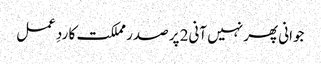
جوانی پھر نہیں آنی2 پر صدر مملکت کا ردِ عمل